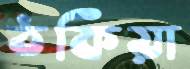
ঠকিয়া